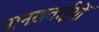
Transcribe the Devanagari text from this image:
नानख़ताईयों